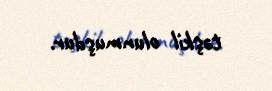
təşkil olunmuşdur.